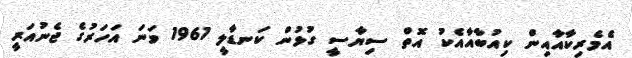
އެމެރިކާއާއިން ކިއުބާއާއެކު އޮތް ސިޔާސީ ގުޅުން ކަނޑާލީ 1961 ވަނަ އަހަރުގެ ޖެނުއަރީ